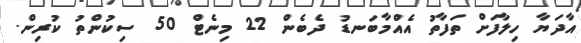
އާދަޔާ ހިލާފަށް ތަފާތު އެއްމާބަނޑު ދެބެން 22 މިނެޓް 50 ސިކުންތު ކުރިން.